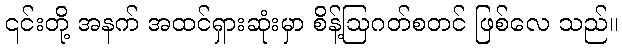
၎င်းတို့ အနက် အထင်ရှားဆုံးမှာ စိန့်ဩဂတ်စတင် ဖြစ်လေ သည်။